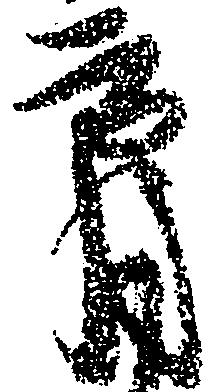
育